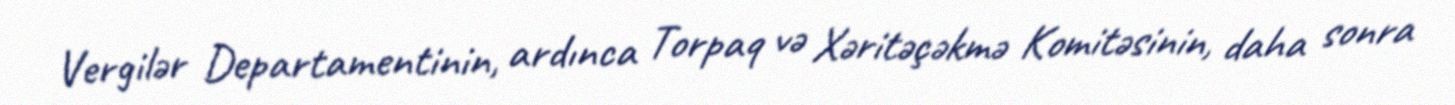
Vergilər Departamentinin, ardınca Torpaq və Xəritəçəkmə Komitəsinin, daha sonra